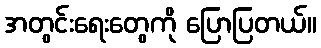
အတွင်းရေးတွေကို ပြောပြတယ်။